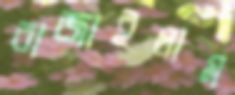
বাজাইলাম